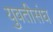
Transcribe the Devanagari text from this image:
युवतीसंघ